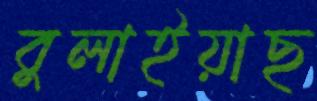
বুলাইয়াছ